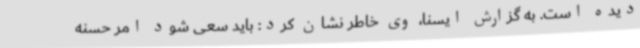
دیده است. به گزارش ایسنا، وی خاطر نشان کرد: باید سعی شود امر حسنه